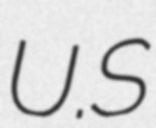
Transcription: U.S